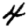
Digit: 4